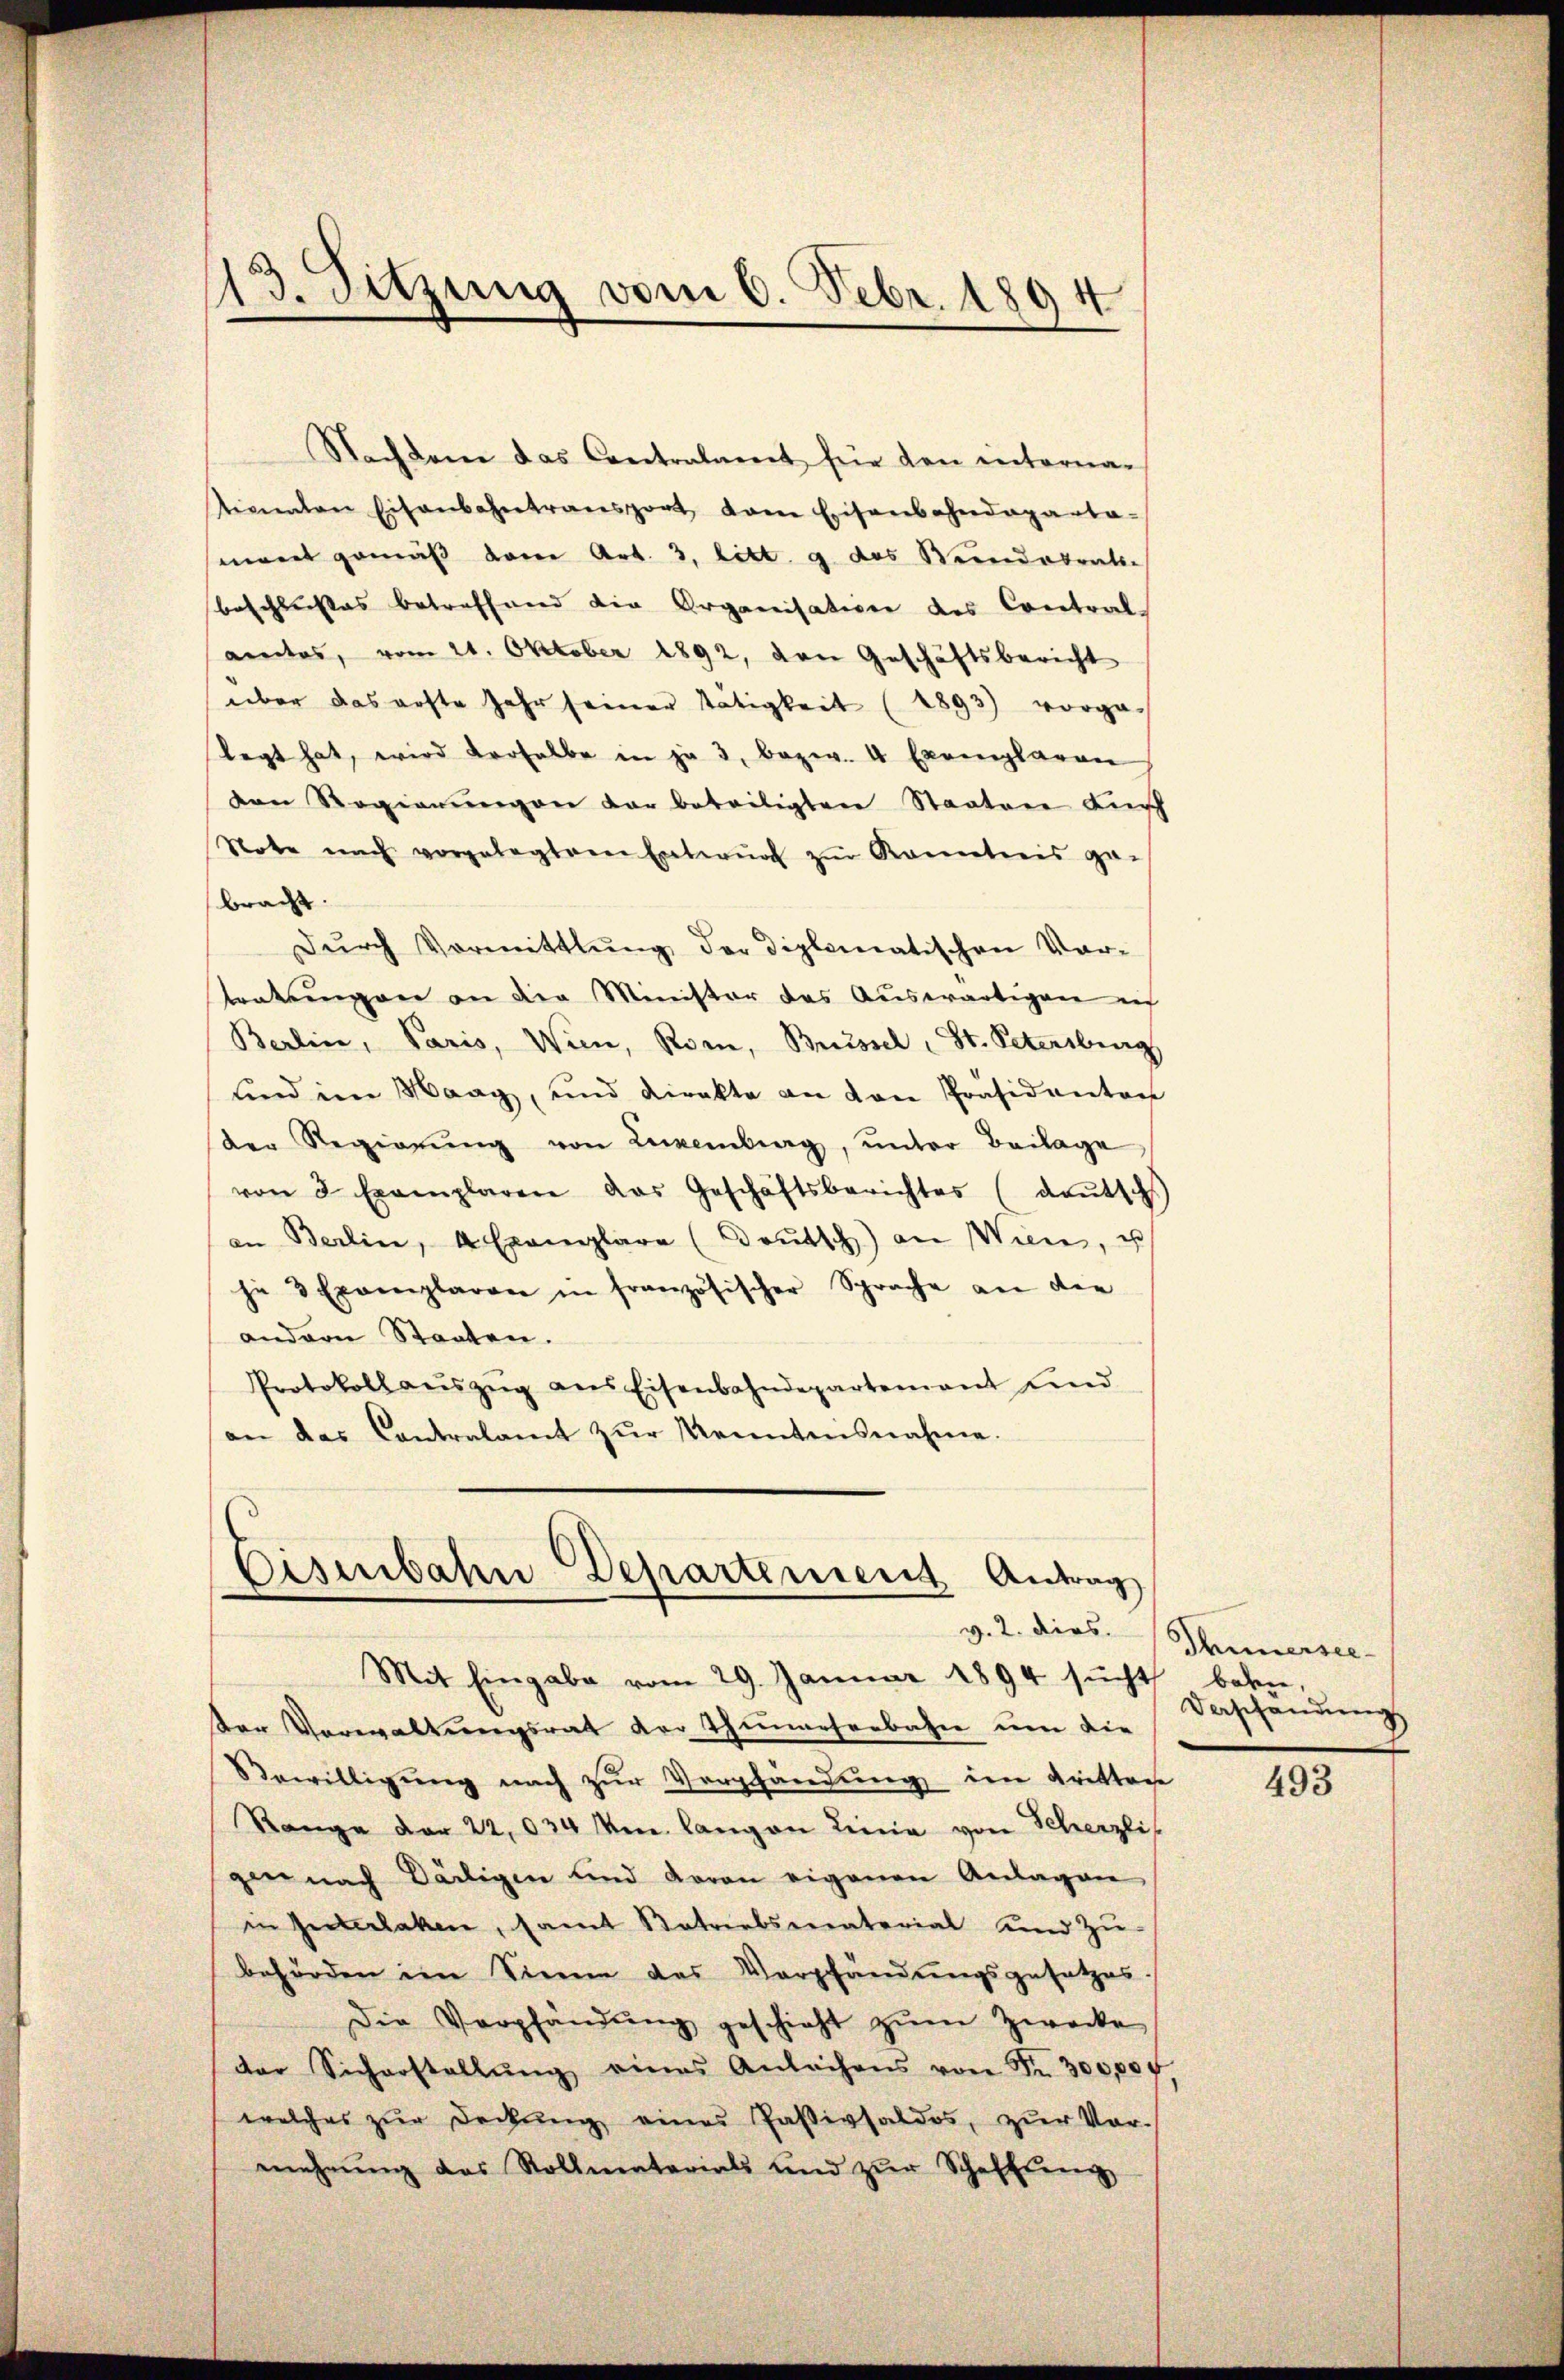
113. Sitzung vom 6. Febr. 1894
e

Nachdem das Contralent für den intorna-
tienten Eisenbahntransport dem Eisenbahndeparta-
monet gemäß dem Art. 3. litt. g das Reindesrathe
beschliesses betreffend die Organisation des Creetral
amtes, vom 21. Oktober 1892, den Geschäftsbericht
über das erste Jahr seiner Tätigkeit (1893) vorge-
legt hat, wird verhalbe in je 3, bezw. 4 Exemplaren
den Regierŭngen dar beteiligten Staaten Fürch
Note mich vorgelegtem Entwŭrf zŭr Kontreis ge-
bracht.
Dŭrch Vormittlung der Diplomatischen Vor-
trakungen an die Minister das Auswärtigen ich
Berlin, Paris, Wien, Rom, Brüssel - St. Petersburg
sind im Maag, und direkte an den Präsidenten
der Regierŭng von Luxenberg, ŭnter Beilage
von 3 Exemplaren das Geschäftsberichtes (deŭtschs
an Berlin, 4 Exemplare (Brŭtsch) an Wien, u
je 3 Exemplaren in französischer Sprache an den
andern Staaten.
Protokoll aŭszŭg aŭs Eisenbahndepartement und
an das Contralamt zŭr Kenntnisnahme.

Eisenbahn Departement Antrag
Mit Eingabe vom 29. Januar 1894 sŭcht beken-

Der Verwaltungsrat der Thunerserbahn um die
Bewilligung nach zur Verpfändung im Krittage
Range der 22,034 m langen Linia von Scherzli
gen nach Dälligen und daran eigenen Anlagen
in Interlaken, samt Betriebsmaterial und Zŭ-
behörden im Sinne des Verpfändungsgesetzes.
Die Verpfändŭng geschieht zŭm Zwecke
der Sicherstellŭng eines Anlächens von Fr. 300,00f,
welches zŭr Deckŭng eines Paßivsaldos, zŭr Vor-
mehrŭng das Rollmaterials und zŭr Schaffŭng

v. 2. dies Thunersee-
Verschendung

493